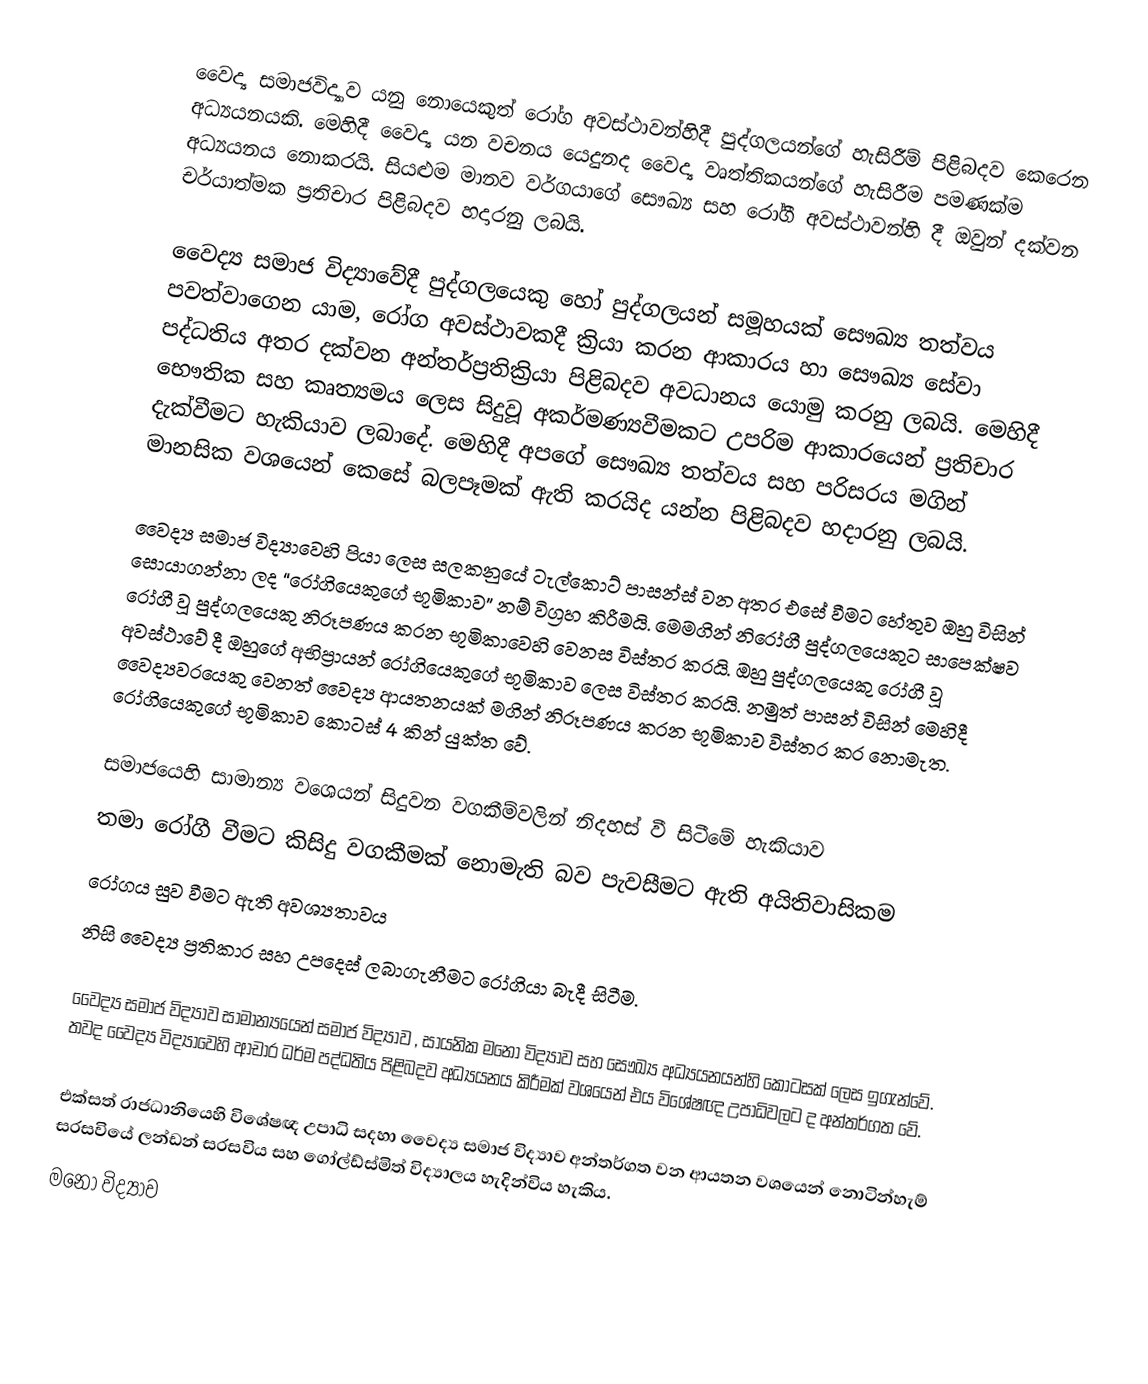
වෛද්‍ය සමාජවිද්‍යාව යනු නොයෙකුත් රෝග අවස්ථාවන්හිදී පුද්ගලයන්ගේ හැසිරීම් පිළිබදව කෙරෙන අධ්‍යයනයකි. මෙහිදී වෛද්‍ය යන වචනය යෙදුනද වෛද්‍ය වෘත්තිකයන්ගේ හැසිරීම පමණක්ම අධ්‍යයනය නොකරයි. සියළුම මානව වර්ගයාගේ සෞඛ්‍ය සහ රෝගී අවස්ථාවන්හි දී ඔවුන් දක්වන චර්යාත්මක ප්‍රතිචාර පිළිබදව හදාරනු ලබයි.

වෛද්‍ය සමාජ විද්‍යාවේදී පුද්ගලයෙකු හෝ පුද්ගලයන් සමූහයක් සෞඛ්‍ය තත්වය පවත්වාගෙන යාම, රෝග අවස්ථාවකදී ක්‍රියා කරන ආකාරය හා සෞඛ්‍ය සේවා පද්ධතිය අතර දක්වන අන්තර්ප්‍රතික්‍රියා පිළිබදව අවධානය යොමු කරනු ලබයි. මෙහිදී භෞතික සහ කෘත්‍යමය ලෙස සිදුවූ අකර්මණ්‍යවීමකට උපරිම ආකාරයෙන් ප්‍රතිචාර දැක්වීමට හැකියාව ලබාදේ. මෙහිදී අපගේ සෞඛ්‍ය තත්වය සහ පරිසරය මගින් මානසික වශයෙන් කෙසේ බලපෑමක් ඇති කරයිද යන්න පිළිබදව හදාරනු ලබයි.

වෛද්‍ය සමාජ විද්‍යාවෙහි පියා ලෙස සලකනුයේ ටැල්කොට් පාසන්ස් වන අතර එසේ වීමට හේතුව ඔහු විසින් සොයාගන්නා ලද “රෝගියෙකුගේ භූමිකාව” නම් විග්‍රහ කිරීමයි. මෙමගින් නිරෝගී පුද්ගලයෙකුට සාපෙක්ෂව රෝගී වූ පුද්ගලයෙකු නිරූපණය කරන භූමිකා‍වෙහි වෙනස විස්තර කරයි. ඔහු පුද්ගලයෙකු රෝගී වූ අවස්ථාවේ දී ඔහුගේ අභිප්‍රායන් රෝගියෙකුගේ භූමිකාව ලෙස විස්තර කරයි. නමුත් පාසන් විසින් මෙහිදී වෛද්‍යවරයෙකු වෙනත් වෛද්‍ය ආයතනයක් මගින් නිරූපණය කරන භූමිකාව විස්තර කර නොමැත. රෝගියෙකුගේ භූමිකාව කොටස් 4 කින් යුක්ත වේ.

 සමාජයෙහි සාමාන්‍ය වශ‍ෙයන් සිදුවන වගකීම්වලින් නිදහස් වී සිටීමේ හැකියාව
 තමා රෝගී වීමට කිසිදු වගකීමක් නොමැති බව පැවසීමට ඇති අයිතිවාසිකම
 රෝගය සුව වීමට ඇති අවශ්‍යතාවය
 නිසි වෛද්‍ය ප්‍රතිකාර සහ උපදෙස් ලබාගැනීමට රෝගියා බැදී සිටීම.

වෛද්‍ය  සමාජ විද්‍යාව සාමාන්‍යයෙන් සමාජ විද්‍යාව , සායනික මනෝ විද්‍යාව සහ සෞඛ්‍ය අධ්‍යයනයන්හි කොටසක් ලෙස ඉගැන්වේ.  තවද වෛද්‍ය විද්‍යාවෙහි ආචාර ධර්ම පද්ධතිය පිළිබදව අධ්‍යයනය කිරීමක් වශයෙන් එය විශේෂඥ උපාධිවලට ද අන්තර්ගත වේ.

එක්සත් රාජධානියෙහි විශේෂඥ උපාධි සදහා වෛද්‍ය සමාජ විද්‍යාව අන්තර්ගත වන ආයතන වශයෙන් නොටින්හැම් සරසවියේ ලන්ඩන් සරසවිය සහ ගෝල්ඩ්ස්මිත් විද්‍යාලය හැදින්විය හැකිය.
මනෝ විද්‍යාව